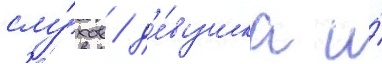
слу́хов / д'е́вушка и́